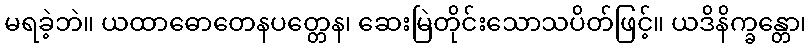
မရခဲ့ဘဲ။ ယထာဓောတေနပတ္တေန၊ ဆေးမြဲတိုင်းသောသပိတ်ဖြင့်။ ယဒိနိက္ခန္တော၊